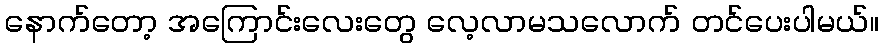
နောက်တော့ အကြောင်းလေးတွေ လေ့လာမသလောက် တင်ပေးပါမယ်။